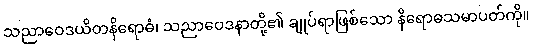
သညာဝေဒယိတနိရောဓံ၊ သညာဝေဒနာတို့၏ ချုပ်ရာဖြစ်သော နိရောဓသမာပတ်ကို။